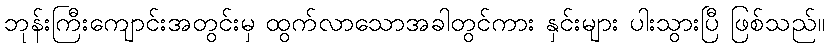
ဘုန်းကြီးကျောင်းအတွင်းမှ ထွက်လာသောအခါတွင်ကား နှင်းများ ပါးသွားပြီ ဖြစ်သည်။